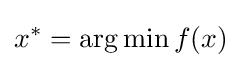
x^{*}=\arg \min f(x)